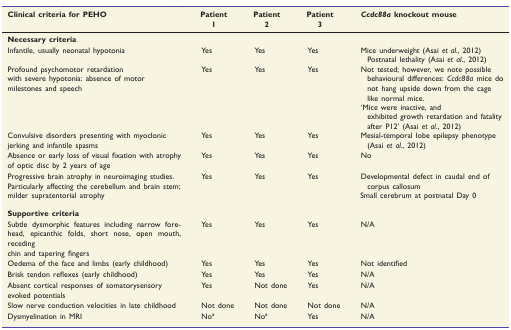
<table><thead><tr><td><b>Clinical criteria for PEHO</b></td><td><b>Patient1</b></td><td><b>Patient 2</b></td><td><b>Patient 3</b></td><td><b><i>Ccdc88a</i>knockout mouse</b></td></tr></thead><tbody><tr><td colspan="5"><b>Necessary criteria</b></td></tr><tr><td>Infantile, usually neonatal hypotonia</td><td>Yes</td><td>Yes</td><td>Yes</td><td>Mice underweight (Asai <i>et al.</i>, 2012) Postnatal lethality (Asai <i>et al.</i>, 2012)</td></tr><tr><td>Profound psychomotor retardation with severe hypotonia: absence of motor milestones and speech</td><td>Yes</td><td>Yes</td><td>Yes</td><td>Not tested; however, we note possible behavioural differences: <i>Ccdc88a</i>mice do not hang upside down from the cage like normal mice.</td></tr><tr><td></td><td></td><td></td><td></td><td>‘Mice were inactive, and exhibited growth retardation and fatality after P12’ (Asai <i>et al.</i>, 2012)</td></tr><tr><td>Convulsive disorders presenting with myoclonic jerking and infantile spasms</td><td>Yes</td><td>Yes</td><td>Yes</td><td>Mesial-temporal lobe epilepsy phenotype (Asai <i>et al.</i>, 2012)</td></tr><tr><td>Absence or early loss of visual fixation with atrophy of optic disc by 2 years of age</td><td>Yes</td><td>Yes</td><td>Yes</td><td>No</td></tr><tr><td>Progressive brain atrophy in neuroimaging studies. Particularly affecting the cerebellum and brain stem; milder supratentorial atrophy</td><td>Yes</td><td>Yes</td><td>Yes</td><td>Developmental defect in caudal end of corpus callosum Small cerebrum at postnatal Day 0</td></tr><tr><td colspan="5"><b>Supportive criteria</b></td></tr><tr><td>Subtle dysmorphic features including narrow forehead, epicanthic folds, short nose, open mouth, receding chin and tapering fingers</td><td>Yes</td><td>Yes</td><td>Yes</td><td>N/A</td></tr><tr><td>Oedema of the face and limbs (early childhood)</td><td>Yes</td><td>Yes</td><td>Yes</td><td>Not identified</td></tr><tr><td>Brisk tendon reflexes (early childhood)</td><td>Yes</td><td>Yes</td><td>Yes</td><td>N/A</td></tr><tr><td>Absent cortical responses of somatorysensory evoked potentials</td><td>Yes</td><td>Not done</td><td>Yes</td><td>N/A</td></tr><tr><td>Slow nerve conduction velocities in late childhood</td><td>Not done</td><td>Not done</td><td>Not done</td><td>N/A</td></tr><tr><td>Dysmyelination in MRI</td><td>No<sup>a</sup></td><td>No<sup>a</sup></td><td>Yes</td><td>N/A</td></tr></tbody></table>